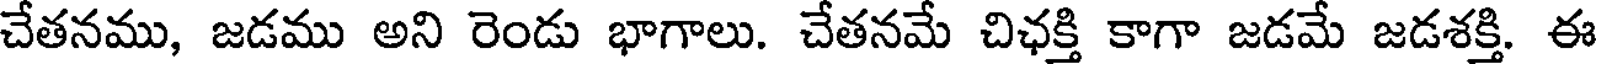
చేతనము, జడము అని రెండు భాగాలు. చేతనమే చిఛక్తి కాగా జడమే జడశక్తి. ఈ